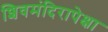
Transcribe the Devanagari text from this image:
शिवमंदिरापेक्षा